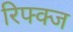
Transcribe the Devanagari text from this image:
रिफ्क्ज